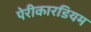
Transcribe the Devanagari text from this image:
पेरीकारडियम